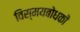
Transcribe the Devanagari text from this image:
विस्मयबोधकों